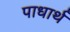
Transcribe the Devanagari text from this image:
पाधार्थ